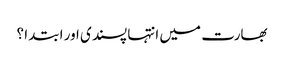
بھارت میں انتہا پسندی اور ابتدا ؟